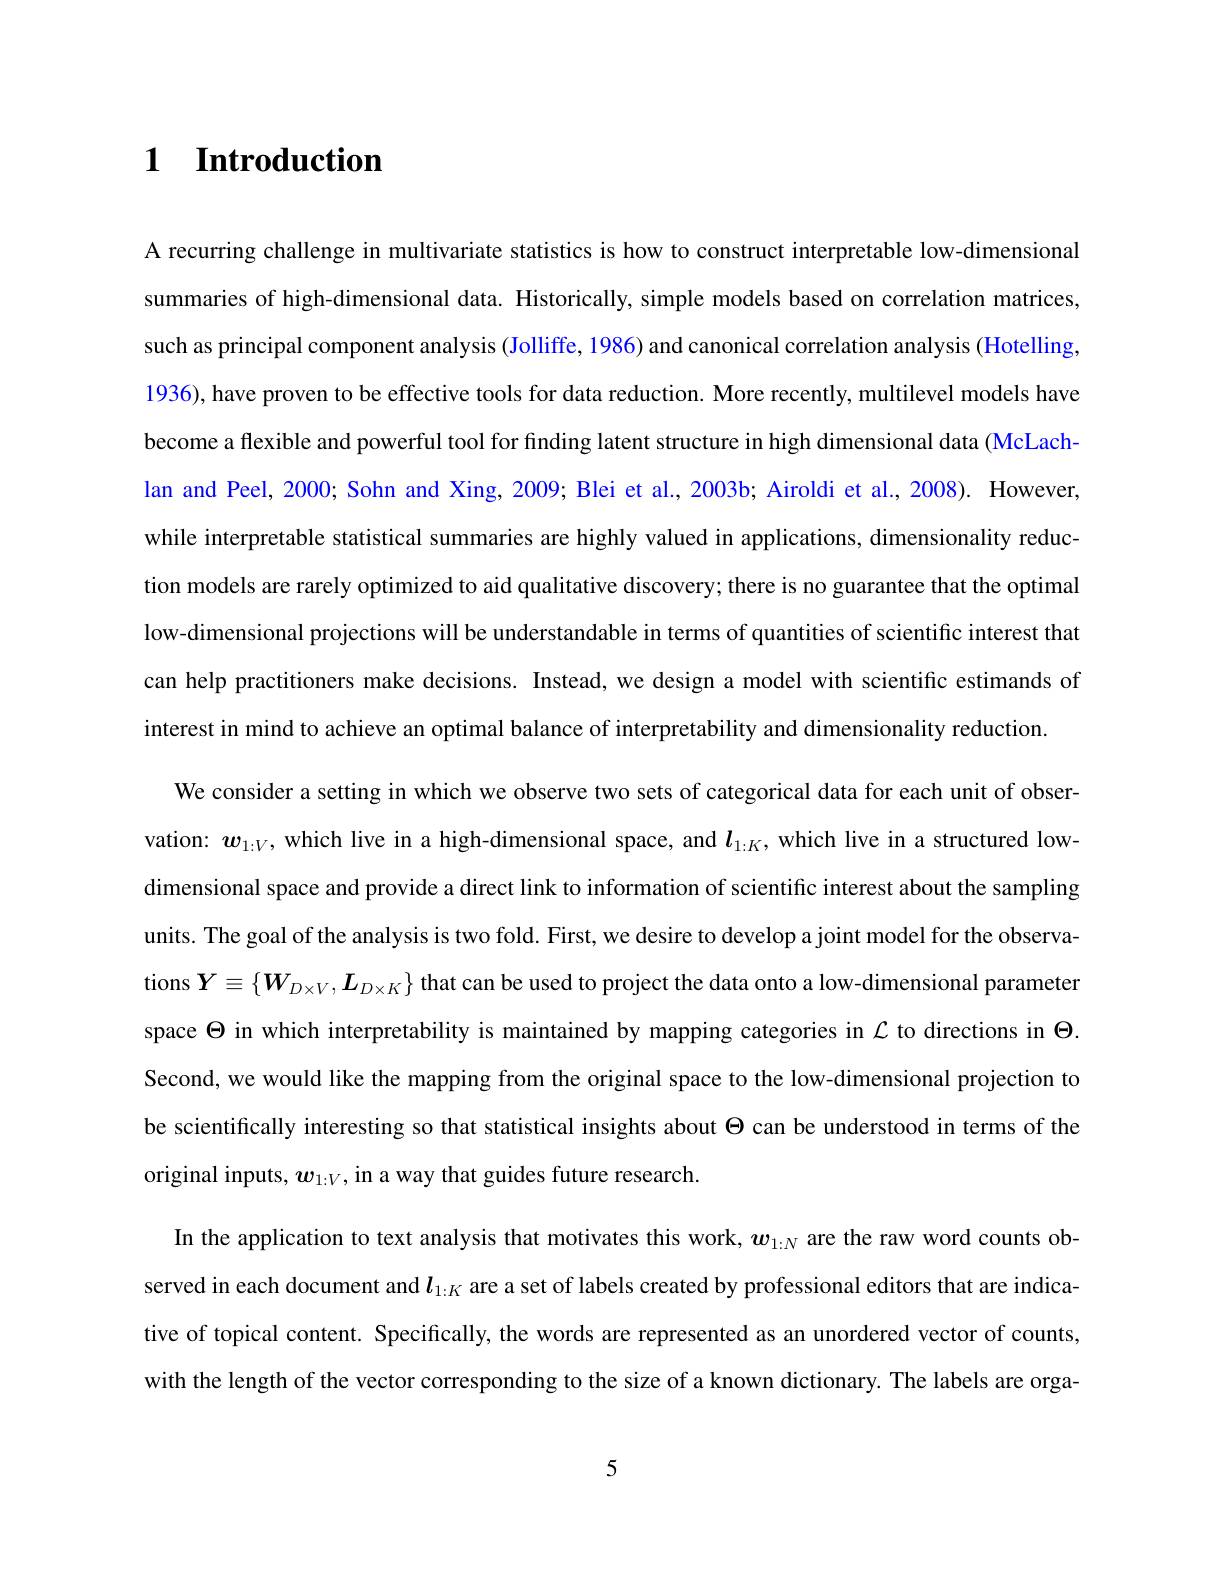
# $\textbf{1}$ $\textbf{Introduction}$

A recurring challenge in multivariate statistics is how to construct interpretable low-dimensional summaries of high-dimensional data. Historically, simple models based on correlation matrices, such as principal component analysis (Jolliffe, 1986) and canonical correlation analysis (Hotelling, 1936), have proven to be effective tools for data reduction. More recently, multilevel models have become a flexible and powerful tool for fınding latent structure in high dimensional data (McLach. lan and Peel, 2000; Sohn and Xing, 2009; Blei et al., 2003b; Airoldi et al., 2008). However, while interpretable statistical summaries are highly valued in applications, dimensionality reduction models are rarely optimized to aid qualitative discovery; there is no guarantee that the optimal can help practitioners make decisions. Instead, we design a model with scientific estimands of interest in mind to achieve an optimal balance of interpretability and dimensionality reduction
We consider a setting in which we observe two sets of categorical data for each unit of observation: $\boldsymbol{w}_{1:V}$, which live in a high-dimensional space, and $\boldsymbol{l}_{1:K}$, which live in a structured lowdimensional space and provide a direct link to information of scientific interest about the sampling units. The goal of the analysis is two fold. First, we desire to develop a joint model for the observations $Y\equiv\{W_{D\times V},L_{D\times K}\}$ that can be used to project the data onto a low-dimensional parameter space $\Theta$ in which interpretability is maintained by mapping categories in $\mathcal{L}$ to directions in $\Theta$ Second, we would like the mapping from the original space to the low-dimensional projection to be scientifically interesting so that statistical insights about $\Theta$ can be understood in terms of the original inputs, $\boldsymbol w_{1:V}$, in a way that guides future research
In the application to text analysis that motivates this work, $w_{1:N}$ are the raw word counts observed in each document and $l_{1:K}$ are a set of labels created by professional editors that are indicative of topical content. Specifically, the words are represented as an unordered vector of counts with the length of the vector corresponding to the size of a known dictionary. The labels are orga-

5